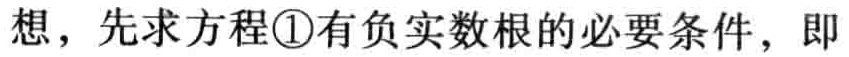
想，先求方程\textcircled{1}有负实数根的必要条件，即